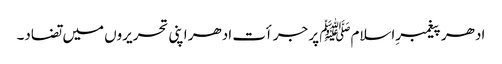
ادھر پیغمبرِاسلامﷺ پر جرأت ادھر اپنی تحریروں میں تضاد۔